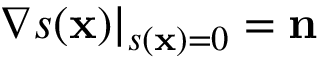
\nabla s ( \mathbf { x } ) | _ { s ( \mathbf { x } ) = 0 } = \mathbf { n }